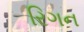
રિગન